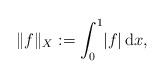
LaTeX: \begin{align*}\|f\|_X:=\int_0^1\!|f|\,\mathrm{d}x,\end{align*}